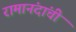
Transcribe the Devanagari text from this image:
रामानंदांची